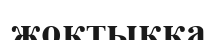
жоқтыққа